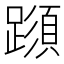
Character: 𨅑